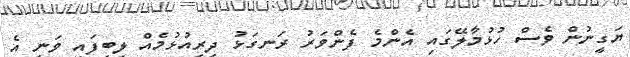
ޔަގީނުން ވެސް ހުޅުމާލޭގައި އެންމެ ފެންވަރު ރަނގަޅު ދިރިއުޅުމެއް ލިބިފައި ވަނީ އެ